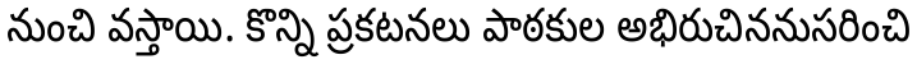
నుంచి వస్తాయి. కొన్ని ప్రకటనలు పాఠకుల అభిరుచిననుసరించి